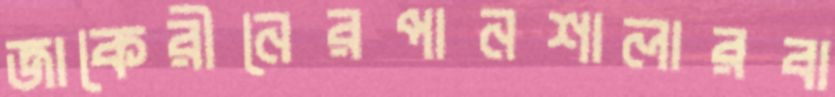
জাকেরীনেরপানশালারবা